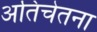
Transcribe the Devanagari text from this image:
अतिचेतना